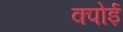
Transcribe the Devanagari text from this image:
क्पोई